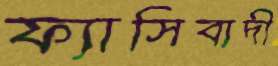
ফ্যাসিবাদী